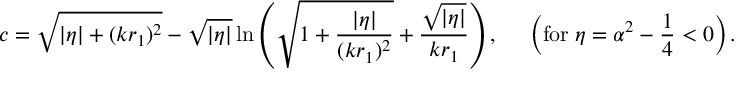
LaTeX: c = \sqrt { | \eta | + ( k r _ { 1 } ) ^ { 2 } } - \sqrt { | \eta | } \ln \left( \sqrt { 1 + \frac { | \eta | } { ( k r _ { 1 } ) ^ { 2 } } } + \frac { \sqrt { | \eta | } } { k r _ { 1 } } \right) , \; \; \; \; \; \left( \mathrm { f o r } \; \eta = \alpha ^ { 2 } - \frac { 1 } { 4 } < 0 \right) .